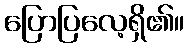
ပြောပြလေ့ရှိ၏။